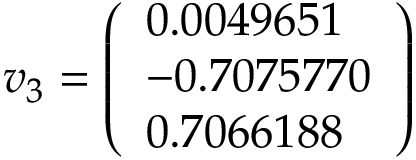
v _ { 3 } = { \left( \begin{array} { l } { 0 . 0 0 4 9 6 5 1 } \\ { - 0 . 7 0 7 5 7 7 0 } \\ { 0 . 7 0 6 6 1 8 8 } \end{array} \right) }